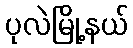
ပုလဲမြို့နယ်